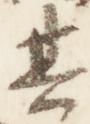
其